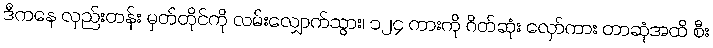
ဒီကနေ လှည်းတန်း မှတ်တိုင်ကို လမ်းလျှောက်သွား၊ ၁၂၄ ကားကို ဂိတ်ဆုံး လှော်ကား တာဆုံအထိ စီး